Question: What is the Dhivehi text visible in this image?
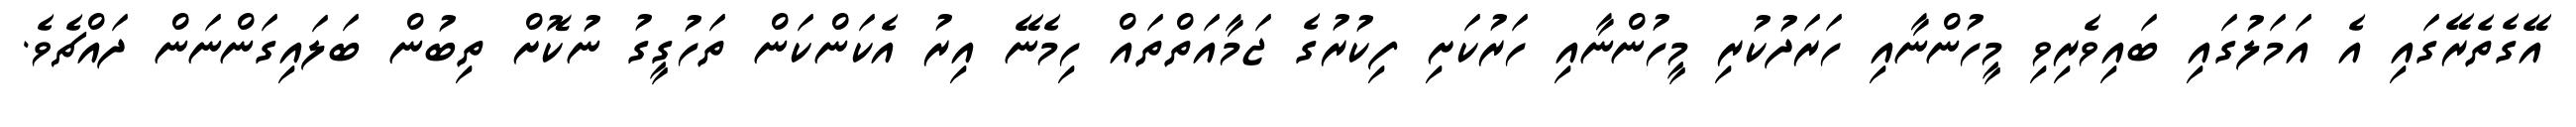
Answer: އޭގެތެރޭގައި އެ އަމަލުގައި ބައިވެރިވި މީހުންނާއި ހަރަދުކުރި މީހުންނާއި ހަރުކަށި ފިކުރުގެ ޖަމާއަތްތައް ހިމެނޭ އިރު އެކަންކަން ތަހުގީގު ނުކޮށް ތިބުން ބަލައިގަންނަން ދައްޗެވެ.